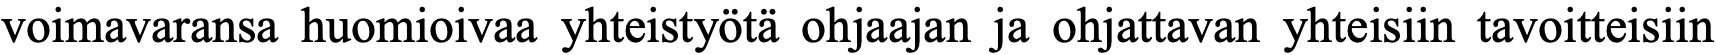
voimavaransa huomioivaa yhteistyötä ohjaajan ja ohjattavan yhteisiin tavoitteisiin